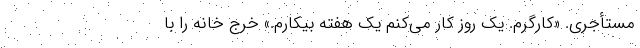
مستأجری. «کارگرم. یک روز کار می‌کنم یک هفته بیکارم.» خرج خانه را با